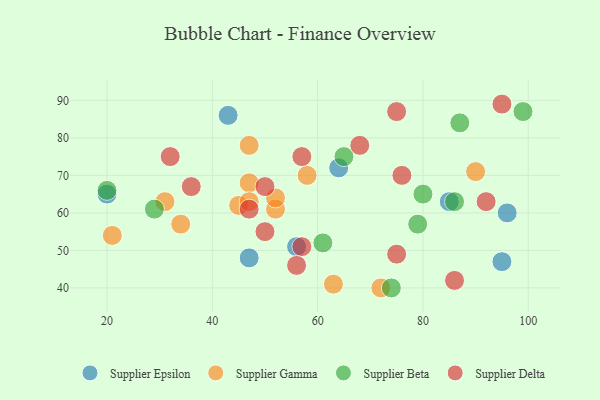
{"axis": {"x": "GDP", "y": "Life Expectancy"}, "legend": ["Supplier Beta", "Supplier Delta", "Supplier Epsilon", "Supplier Gamma"], "data": [{"x": "96", "y": 60, "type": "Supplier Epsilon"}, {"x": "43", "y": 86, "type": "Supplier Epsilon"}, {"x": "85", "y": 63, "type": "Supplier Epsilon"}, {"x": "56", "y": 51, "type": "Supplier Epsilon"}, {"x": "95", "y": 47, "type": "Supplier Epsilon"}, {"x": "47", "y": 48, "type": "Supplier Epsilon"}, {"x": "20", "y": 65, "type": "Supplier Epsilon"}, {"x": "64", "y": 72, "type": "Supplier Epsilon"}, {"x": "47", "y": 68, "type": "Supplier Gamma"}, {"x": "31", "y": 63, "type": "Supplier Gamma"}, {"x": "45", "y": 62, "type": "Supplier Gamma"}, {"x": "34", "y": 57, "type": "Supplier Gamma"}, {"x": "58", "y": 70, "type": "Supplier Gamma"}, {"x": "72", "y": 40, "type": "Supplier Gamma"}, {"x": "21", "y": 54, "type": "Supplier Gamma"}, {"x": "47", "y": 63, "type": "Supplier Gamma"}, {"x": "63", "y": 41, "type": "Supplier Gamma"}, {"x": "47", "y": 78, "type": "Supplier Gamma"}, {"x": "52", "y": 61, "type": "Supplier Gamma"}, {"x": "90", "y": 71, "type": "Supplier Gamma"}, {"x": "52", "y": 64, "type": "Supplier Gamma"}, {"x": "74", "y": 40, "type": "Supplier Beta"}, {"x": "79", "y": 57, "type": "Supplier Beta"}, {"x": "65", "y": 75, "type": "Supplier Beta"}, {"x": "29", "y": 61, "type": "Supplier Beta"}, {"x": "20", "y": 66, "type": "Supplier Beta"}, {"x": "61", "y": 52, "type": "Supplier Beta"}, {"x": "99", "y": 87, "type": "Supplier Beta"}, {"x": "86", "y": 63, "type": "Supplier Beta"}, {"x": "87", "y": 84, "type": "Supplier Beta"}, {"x": "80", "y": 65, "type": "Supplier Beta"}, {"x": "47", "y": 61, "type": "Supplier Delta"}, {"x": "32", "y": 75, "type": "Supplier Delta"}, {"x": "57", "y": 51, "type": "Supplier Delta"}, {"x": "56", "y": 46, "type": "Supplier Delta"}, {"x": "75", "y": 87, "type": "Supplier Delta"}, {"x": "76", "y": 70, "type": "Supplier Delta"}, {"x": "68", "y": 78, "type": "Supplier Delta"}, {"x": "86", "y": 42, "type": "Supplier Delta"}, {"x": "75", "y": 49, "type": "Supplier Delta"}, {"x": "95", "y": 89, "type": "Supplier Delta"}, {"x": "50", "y": 67, "type": "Supplier Delta"}, {"x": "92", "y": 63, "type": "Supplier Delta"}, {"x": "50", "y": 55, "type": "Supplier Delta"}, {"x": "57", "y": 75, "type": "Supplier Delta"}, {"x": "36", "y": 67, "type": "Supplier Delta"}]}